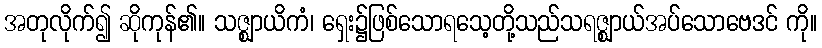
အတုလိုက်၍ ဆိုကုန်၏။ သဇ္ဈာယိကံ၊ ရှေး၌ဖြစ်သောရသေ့တို့သည်သရဇ္ဈာယ်အပ်သောဗေဒင် ကို။